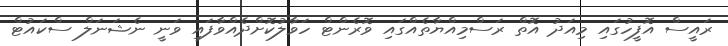
ރައީސް އޮފީހުގައި މިއަދު އޮތް ރަސްމިއްޔާތެއްގައި ވޮރެންޓް ހަވާލުކޮށްދެއްވާފައި ވަނީ ނެޝަނަލް ސްކައުޓް